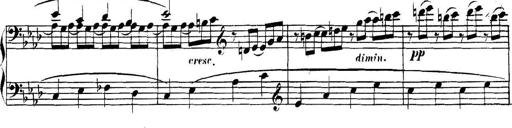
Title: Collected Piano Sonatas
Composer: Muzio Clementi